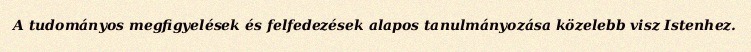
A tudományos megfigyelések és felfedezések alapos tanulmányozása közelebb visz Istenhez.